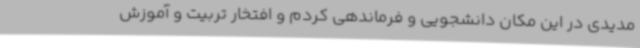
مدیدی در این مکان دانشجویی و فرماندهی کردم و افتخار تربیت و آموزش